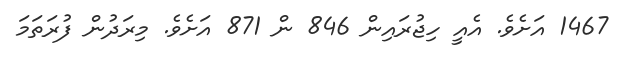
1467 އަށެވެ. އެއީ ހިޖުރައިން 846 ން 871 އަށެވެ. މިރަދުން ފުރަތަމަ